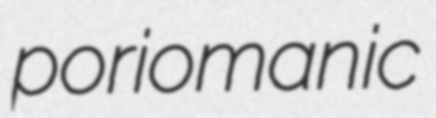
poriomanic